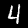
Label: 4